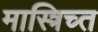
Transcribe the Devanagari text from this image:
मास्त्रिच्त